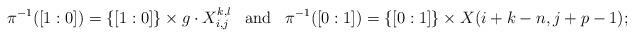
LaTeX: \begin{align*}\pi^{-1}([1 : 0]) = \{[1:0]\} \times g \cdot X_{i,j}^{k,l} && \mathrm{and} &&\pi^{-1}([0: 1])=\{[0:1]\} \times X(i+k-n,j+p-1); \end{align*}